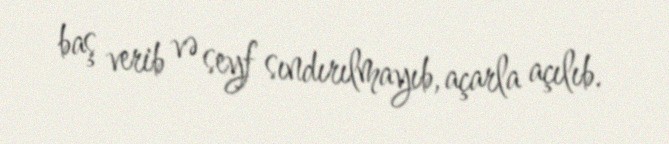
baş verib və seyf sındırılmayıb, açarla açılıb.